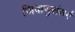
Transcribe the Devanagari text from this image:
जिवाणुसंसर्ग